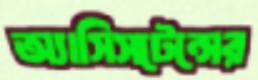
অ্যাসিসটেন্সের